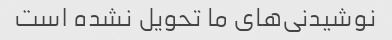
نوشیدنی‌های ما تحویل نشده است